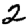
Digit: 2